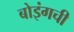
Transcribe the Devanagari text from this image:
बोइंगची